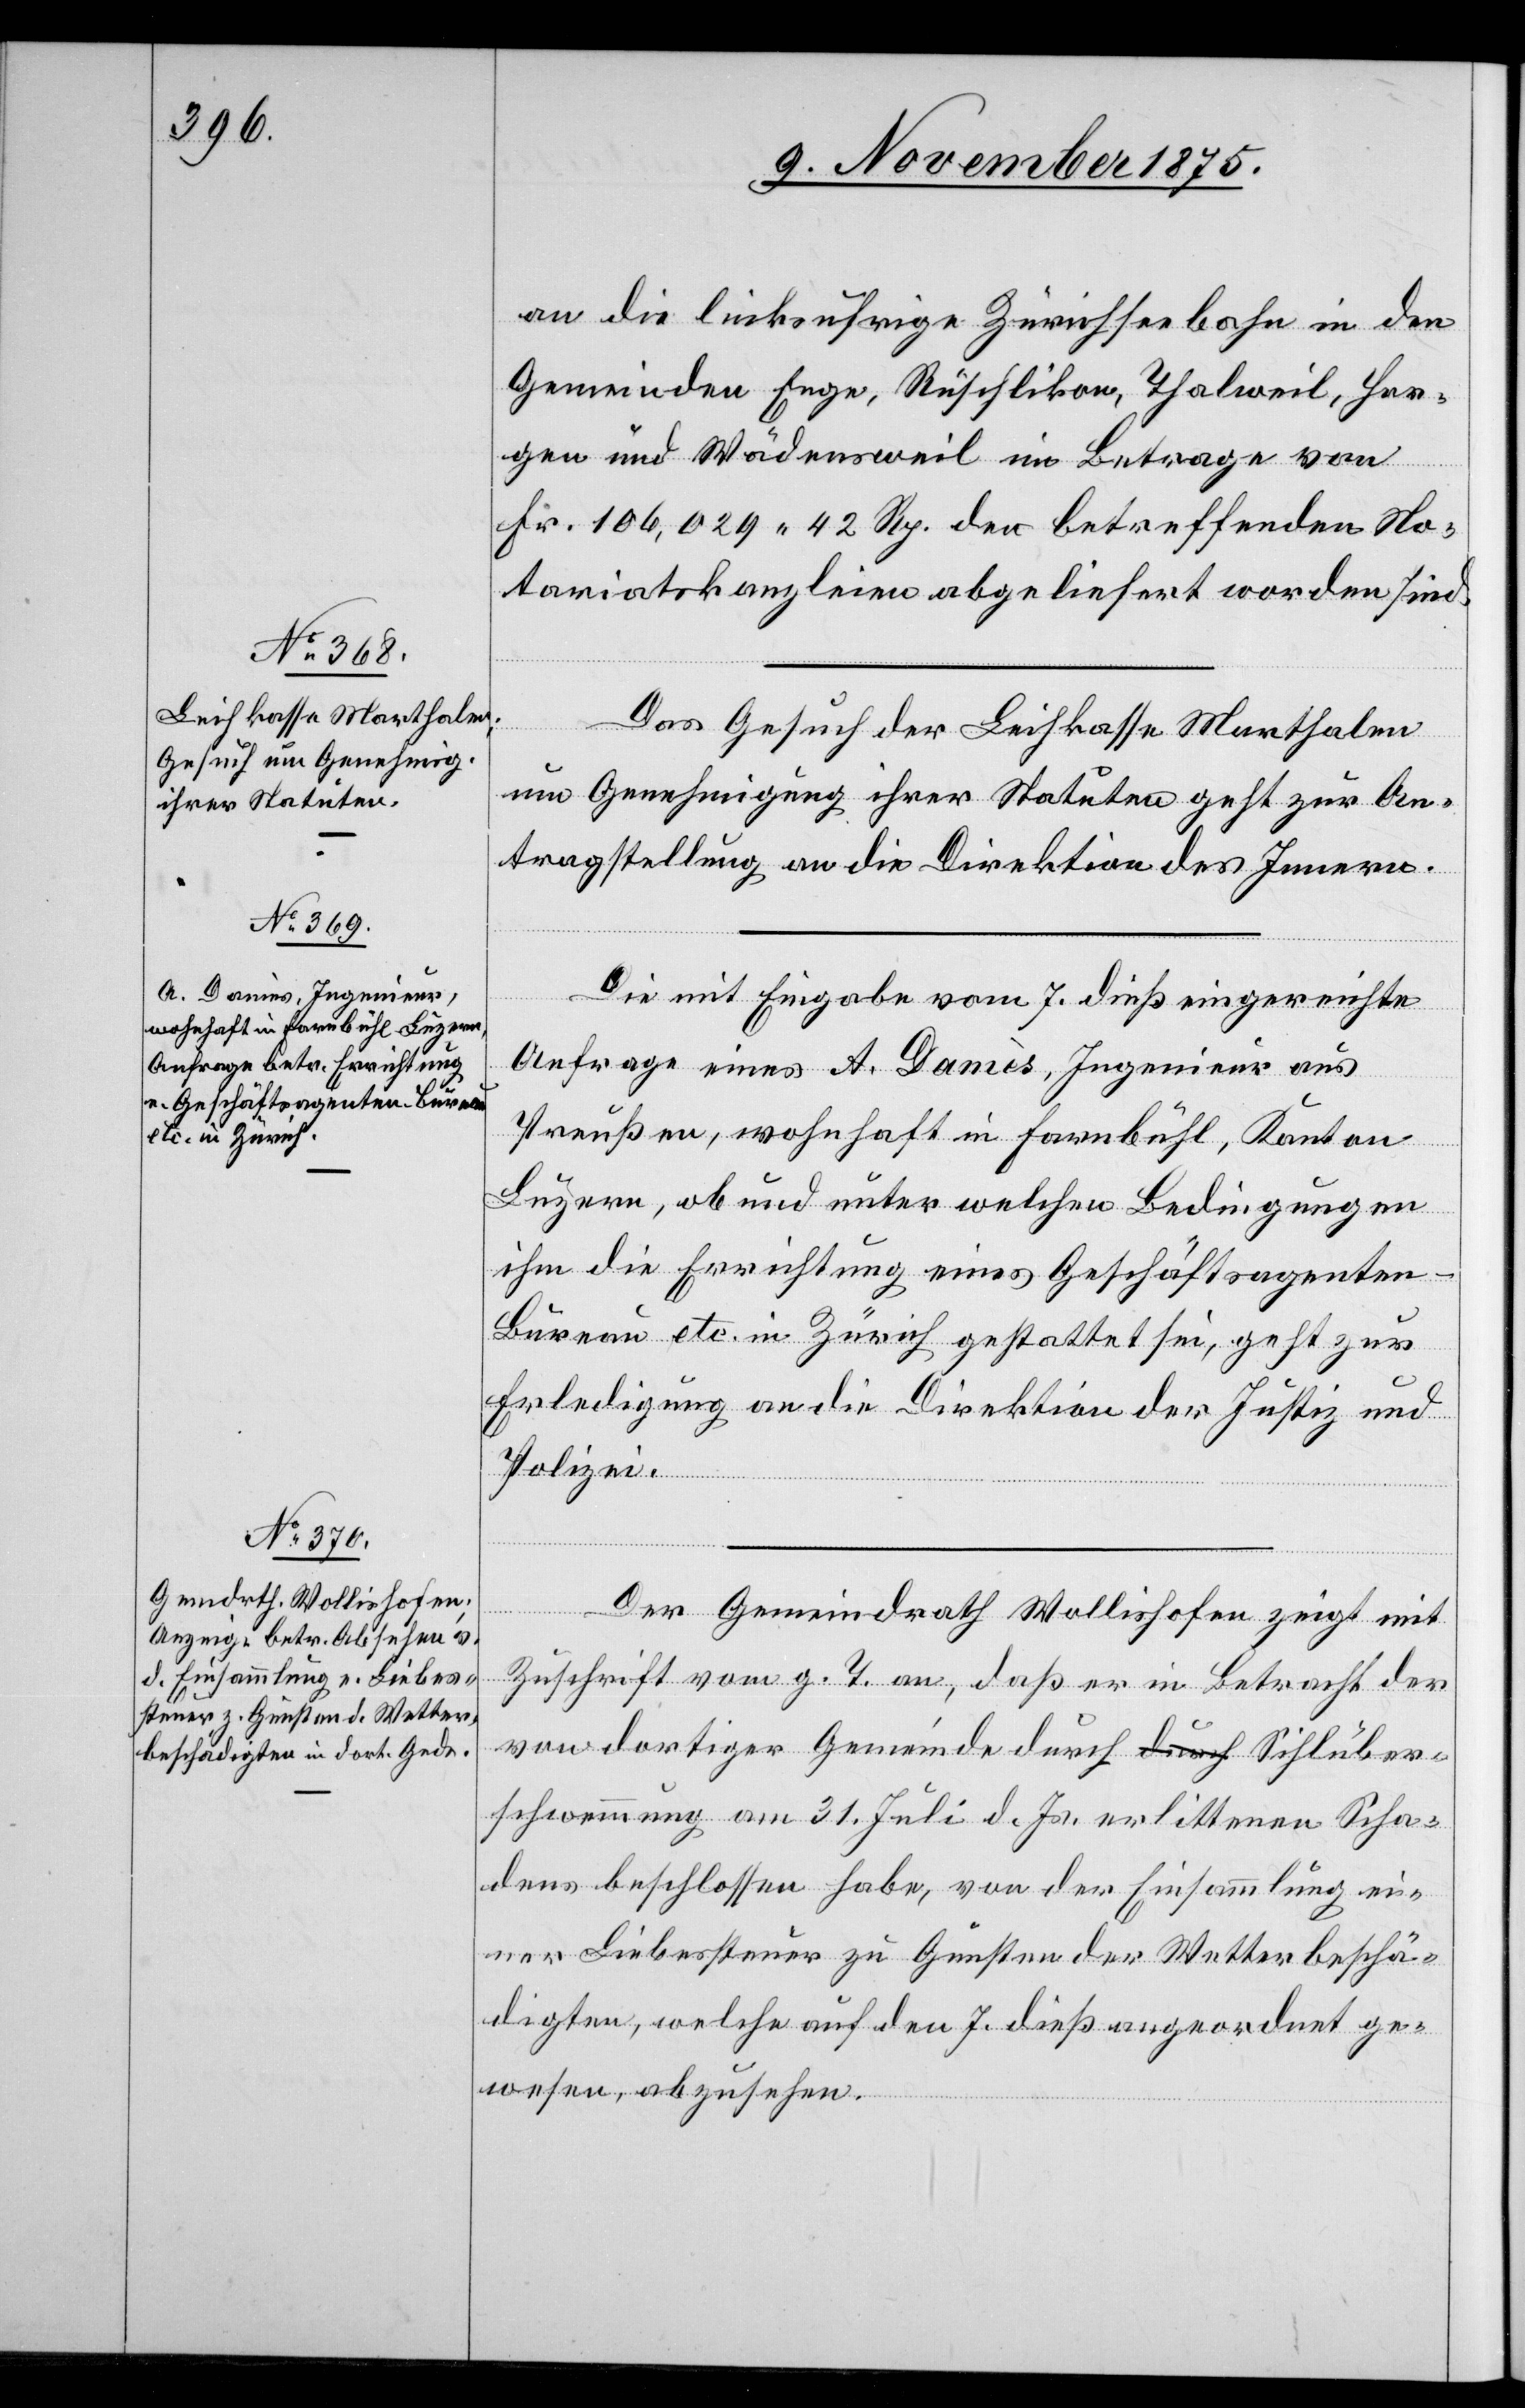
9. November 1875.]
an die linksufrige Zürichseebahn in den
Gemeinden Enge, Rüschlikon, Thalweil, Hor¬
gen und Wädensweil im Betrage von
Fr. 106,029 42 Rp. den betreffenden No¬
tariatskanzleien abgeliefert worden sind.
Das Gesuch der Leihkasse Marthalen
um Genehmigung ihrer Statuten geht zur An¬
tragstellung an die Direktion des Innern.
Die mit Eingabe vom 7. dieß eingereichte
Anfrage eines A. Damès, Ingenieur aus
Preußen, wohnhaft in Farnbühl, Kanton
Luzern, ob und unter welchen Bedingungen
ihm die Errichtung eines Geschäftsagenten-B¬
ureau etc. in Zürich gestattet sei, geht zur
Erledigung an die Direktion der Justiz und
Polizei.
Der Gemeindrath Wollishofen zeigt mit
Zuschrift vom g. T. an, daß er in Betracht der
von dortiger Gemeinde durch Sihlüber¬
schwemmung am 31. Juli d. Js. erlittenen Scha¬
dens beschlossen habe, von der Einsammlung ei¬
ner Liebessteuer zu Gunsten der Wetterbeschä¬
digten, welche auf den 7. dieß angeordnet ge¬
wesen, abzusehen.